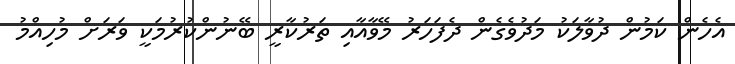
އެހެން ކަމުން ދުވާލަކު މަދުވެެގެން ދެފަހަރު މޭވާއާއި ތަރުކާރީ ބޭނުންކުރުމަކީ ވަރަށް މުހިއްމު